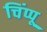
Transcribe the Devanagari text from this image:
चिंप्पू